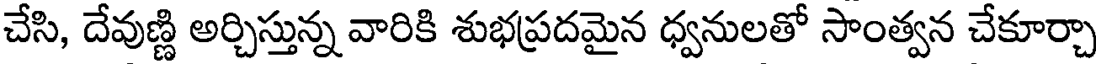
చేసి, దేవుణ్ణి అర్చిస్తున్న వారికి శుభప్రదమైన ధ్వనులతో సాంత్వన చేకూర్చా